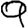
Digit: 9